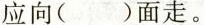
应向()面走。